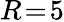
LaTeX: R\! =\! 5